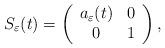
LaTeX: \begin{align*}S_{\varepsilon}(t)=\left(\begin{array}{cc} a_{\varepsilon}(t) & 0\\0 & 1\end{array}\right),\end{align*}